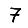
Digit: 7